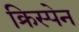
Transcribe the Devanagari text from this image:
क्रिस्पेन